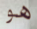
هو